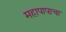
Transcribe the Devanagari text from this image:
महापापाचा